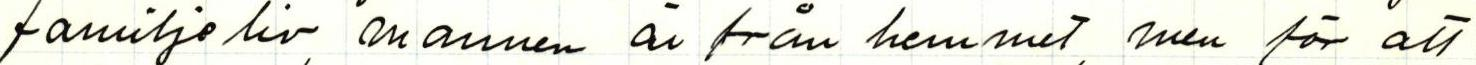
familjeliv, mannen är från hemmet, men för att